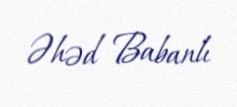
Əhəd Babanlı